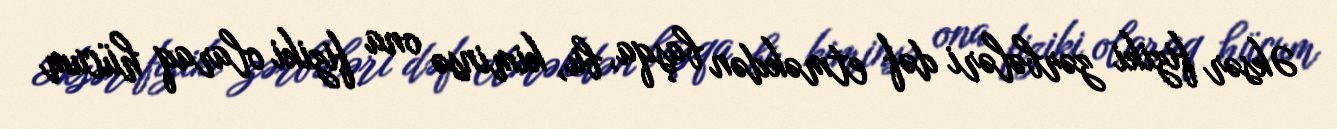
Əksər fiziki zərbələri dəf etməkdən başqa, bu, kiminsə ona fiziki olaraq hücum